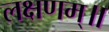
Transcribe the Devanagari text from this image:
लक्षणम्‌॥